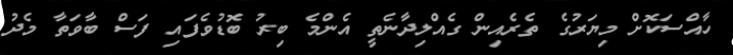
ހާއްސަކޮށް މިޔަރުގެ ތެރެއިން ގެއްލިދާނެތީ އެންމެ ބިރު ބޮޑުވެފައި ފަސް ބާވަތާ މެދު